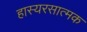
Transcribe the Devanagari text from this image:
हास्यरसात्मक